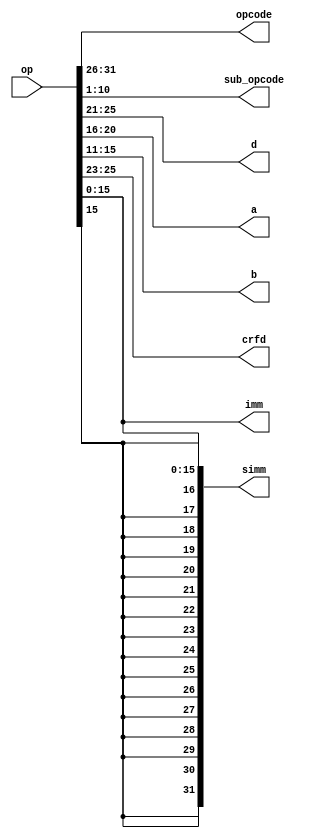
module decode(input [31:0]  op,
              output [5:0]         opcode,
              output [9:0]         sub_opcode,
              output [4:0]         d,
              output [4:0]         a,
              output [4:0]         b,
              output [2:0]         crfd,
              output [15:0]        imm,
              output signed [31:0] simm);
   assign opcode = op[31:26];
   assign sub_opcode = op[10:1];
   assign d = op[25:21];
   assign a = op[20:16];
   assign b = op[15:11];
   assign crfd = op[25:23];
   assign imm = op[15:0];
   assign simm = {{16{op[15]}}, op[15:0]};
endmodule // decode